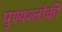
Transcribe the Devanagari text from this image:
पुण्‍यश्‍लोकी